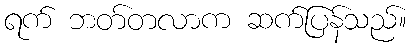
ရက် ဘတ်တလာက ဆက်ပြန်သည်။